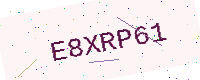
Text: E8XRP61